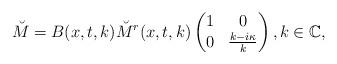
LaTeX: \begin{align*} \breve{M}=B(x,t,k)\breve{M}^{r}(x,t,k)\begin{pmatrix} 1 & 0 \\ 0 & \frac{k-i\kappa}{k} \end{pmatrix}, k\in\mathbb{C},\end{align*}